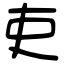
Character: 吏